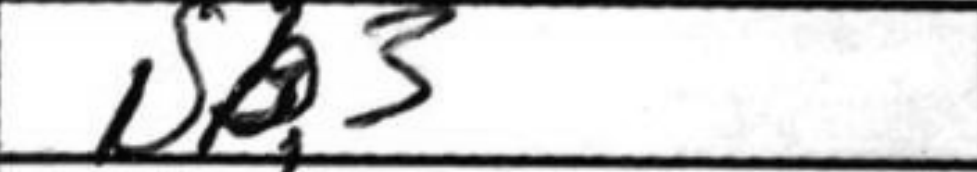
Transcription: Nb3